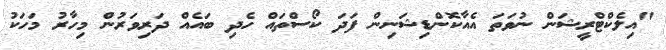
"އިލެކްޓްރީޝަން ނުވަތަ އެއާކޮންޑިޝަނިން ފަދަ ކޯސްތައް ހެދި ބައެއް ދަރިވަރުން މިހާރު މަހަކު